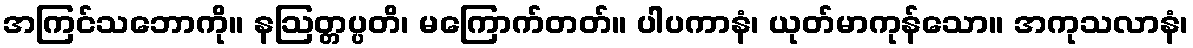
အကြင်သဘောကို။ နဩတ္တပ္ပတိ၊ မကြောက်တတ်။ ပါပကာနံ၊ ယုတ်မာကုန်သော။ အကုသလာနံ၊